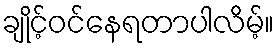
ချိုင့်ဝင်နေရတာပါလိမ့်။